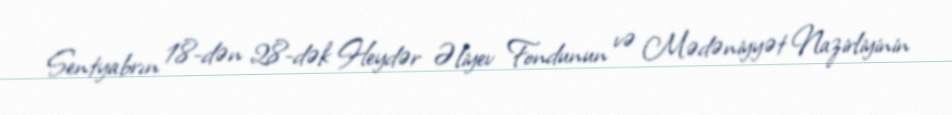
Sentyabrın 18-dən 28-dək Heydər Əliyev Fondunun və Mədəniyyət Nazirliyinin